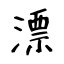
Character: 漂